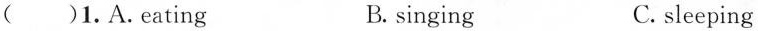
()1.A. eating B. singing C. sleeping